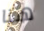
هنا